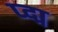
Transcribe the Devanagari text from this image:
प्द्म